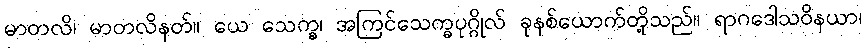
မာတလိ၊ မာတလိနတ်။ ယေ သေက္ခ၊ အကြင်သေက္ခပုဂ္ဂိုလ် ခုနစ်ယောက်တို့သည်။ ရာဂဒေါသဝိနယာ၊